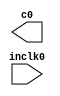
// megafunction wizard: %ALTPLL%VBB%
// GENERATION: STANDARD
// VERSION: WM1.0
// MODULE: altpll 

// ============================================================
// Megafunction Name(s):
// 			altpll
//
// Simulation Library Files(s):
// 			altera_mf
// ============================================================
// ************************************************************
// THIS IS A WIZARD-GENERATED FILE. DO NOT EDIT THIS FILE!
//
// 13.0.1 Build 232 06/12/2013 SP 1 SJ Web Edition
// ************************************************************

//Copyright (C) 1991-2013 Altera Corporation
//Your use of Altera Corporation's design tools, logic functions 
//and other software and tools, and its AMPP partner logic 
//functions, and any output files from any of the foregoing 
//(including device programming or simulation files), and any 
//associated documentation or information are expressly subject 
//to the terms and conditions of the Altera Program License 
//Subscription Agreement, Altera MegaCore Function License 
//Agreement, or other applicable license agreement, including, 
//without limitation, that your use is for the sole purpose of 
//programming logic devices manufactured by Altera and sold by 
//Altera or its authorized distributors.  Please refer to the 
//applicable agreement for further details.

module PLL (
	inclk0,
	c0);

	input	  inclk0;
	output	  c0;

endmodule

// ============================================================
// CNX file retrieval info
// ============================================================
// Retrieval info: PRIVATE: ACTIVECLK_CHECK STRING "0"
// Retrieval info: PRIVATE: BANDWIDTH STRING "1.000"
// Retrieval info: PRIVATE: BANDWIDTH_FEATURE_ENABLED STRING "1"
// Retrieval info: PRIVATE: BANDWIDTH_FREQ_UNIT STRING "MHz"
// Retrieval info: PRIVATE: BANDWIDTH_PRESET STRING "Low"
// Retrieval info: PRIVATE: BANDWIDTH_USE_AUTO STRING "1"
// Retrieval info: PRIVATE: BANDWIDTH_USE_PRESET STRING "0"
// Retrieval info: PRIVATE: CLKBAD_SWITCHOVER_CHECK STRING "0"
// Retrieval info: PRIVATE: CLKLOSS_CHECK STRING "0"
// Retrieval info: PRIVATE: CLKSWITCH_CHECK STRING "0"
// Retrieval info: PRIVATE: CNX_NO_COMPENSATE_RADIO STRING "0"
// Retrieval info: PRIVATE: CREATE_CLKBAD_CHECK STRING "0"
// Retrieval info: PRIVATE: CREATE_INCLK1_CHECK STRING "0"
// Retrieval info: PRIVATE: CUR_DEDICATED_CLK STRING "c0"
// Retrieval info: PRIVATE: CUR_FBIN_CLK STRING "c0"
// Retrieval info: PRIVATE: DEVICE_SPEED_GRADE STRING "6"
// Retrieval info: PRIVATE: DIV_FACTOR0 NUMERIC "1"
// Retrieval info: PRIVATE: DUTY_CYCLE0 STRING "50.00000000"
// Retrieval info: PRIVATE: EFF_OUTPUT_FREQ_VALUE0 STRING "1.000000"
// Retrieval info: PRIVATE: EXPLICIT_SWITCHOVER_COUNTER STRING "0"
// Retrieval info: PRIVATE: EXT_FEEDBACK_RADIO STRING "0"
// Retrieval info: PRIVATE: GLOCKED_COUNTER_EDIT_CHANGED STRING "1"
// Retrieval info: PRIVATE: GLOCKED_FEATURE_ENABLED STRING "0"
// Retrieval info: PRIVATE: GLOCKED_MODE_CHECK STRING "0"
// Retrieval info: PRIVATE: GLOCK_COUNTER_EDIT NUMERIC "1048575"
// Retrieval info: PRIVATE: HAS_MANUAL_SWITCHOVER STRING "1"
// Retrieval info: PRIVATE: INCLK0_FREQ_EDIT STRING "50.000"
// Retrieval info: PRIVATE: INCLK0_FREQ_UNIT_COMBO STRING "MHz"
// Retrieval info: PRIVATE: INCLK1_FREQ_EDIT STRING "100.000"
// Retrieval info: PRIVATE: INCLK1_FREQ_EDIT_CHANGED STRING "1"
// Retrieval info: PRIVATE: INCLK1_FREQ_UNIT_CHANGED STRING "1"
// Retrieval info: PRIVATE: INCLK1_FREQ_UNIT_COMBO STRING "MHz"
// Retrieval info: PRIVATE: INTENDED_DEVICE_FAMILY STRING "Cyclone III"
// Retrieval info: PRIVATE: INT_FEEDBACK__MODE_RADIO STRING "1"
// Retrieval info: PRIVATE: LOCKED_OUTPUT_CHECK STRING "0"
// Retrieval info: PRIVATE: LONG_SCAN_RADIO STRING "1"
// Retrieval info: PRIVATE: LVDS_MODE_DATA_RATE STRING "Not Available"
// Retrieval info: PRIVATE: LVDS_MODE_DATA_RATE_DIRTY NUMERIC "0"
// Retrieval info: PRIVATE: LVDS_PHASE_SHIFT_UNIT0 STRING "deg"
// Retrieval info: PRIVATE: MIG_DEVICE_SPEED_GRADE STRING "Any"
// Retrieval info: PRIVATE: MIRROR_CLK0 STRING "0"
// Retrieval info: PRIVATE: MULT_FACTOR0 NUMERIC "1"
// Retrieval info: PRIVATE: NORMAL_MODE_RADIO STRING "1"
// Retrieval info: PRIVATE: OUTPUT_FREQ0 STRING "1.00000000"
// Retrieval info: PRIVATE: OUTPUT_FREQ_MODE0 STRING "1"
// Retrieval info: PRIVATE: OUTPUT_FREQ_UNIT0 STRING "MHz"
// Retrieval info: PRIVATE: PHASE_RECONFIG_FEATURE_ENABLED STRING "1"
// Retrieval info: PRIVATE: PHASE_RECONFIG_INPUTS_CHECK STRING "0"
// Retrieval info: PRIVATE: PHASE_SHIFT0 STRING "0.00000000"
// Retrieval info: PRIVATE: PHASE_SHIFT_STEP_ENABLED_CHECK STRING "0"
// Retrieval info: PRIVATE: PHASE_SHIFT_UNIT0 STRING "deg"
// Retrieval info: PRIVATE: PLL_ADVANCED_PARAM_CHECK STRING "0"
// Retrieval info: PRIVATE: PLL_ARESET_CHECK STRING "0"
// Retrieval info: PRIVATE: PLL_AUTOPLL_CHECK NUMERIC "1"
// Retrieval info: PRIVATE: PLL_ENHPLL_CHECK NUMERIC "0"
// Retrieval info: PRIVATE: PLL_FASTPLL_CHECK NUMERIC "0"
// Retrieval info: PRIVATE: PLL_FBMIMIC_CHECK STRING "0"
// Retrieval info: PRIVATE: PLL_LVDS_PLL_CHECK NUMERIC "0"
// Retrieval info: PRIVATE: PLL_PFDENA_CHECK STRING "0"
// Retrieval info: PRIVATE: PLL_TARGET_HARCOPY_CHECK NUMERIC "0"
// Retrieval info: PRIVATE: PRIMARY_CLK_COMBO STRING "inclk0"
// Retrieval info: PRIVATE: RECONFIG_FILE STRING "PLL.mif"
// Retrieval info: PRIVATE: SACN_INPUTS_CHECK STRING "0"
// Retrieval info: PRIVATE: SCAN_FEATURE_ENABLED STRING "1"
// Retrieval info: PRIVATE: SELF_RESET_LOCK_LOSS STRING "0"
// Retrieval info: PRIVATE: SHORT_SCAN_RADIO STRING "0"
// Retrieval info: PRIVATE: SPREAD_FEATURE_ENABLED STRING "0"
// Retrieval info: PRIVATE: SPREAD_FREQ STRING "50.000"
// Retrieval info: PRIVATE: SPREAD_FREQ_UNIT STRING "KHz"
// Retrieval info: PRIVATE: SPREAD_PERCENT STRING "0.500"
// Retrieval info: PRIVATE: SPREAD_USE STRING "0"
// Retrieval info: PRIVATE: SRC_SYNCH_COMP_RADIO STRING "0"
// Retrieval info: PRIVATE: STICKY_CLK0 STRING "1"
// Retrieval info: PRIVATE: SWITCHOVER_COUNT_EDIT NUMERIC "1"
// Retrieval info: PRIVATE: SWITCHOVER_FEATURE_ENABLED STRING "1"
// Retrieval info: PRIVATE: SYNTH_WRAPPER_GEN_POSTFIX STRING "0"
// Retrieval info: PRIVATE: USE_CLK0 STRING "1"
// Retrieval info: PRIVATE: USE_CLKENA0 STRING "0"
// Retrieval info: PRIVATE: USE_MIL_SPEED_GRADE NUMERIC "0"
// Retrieval info: PRIVATE: ZERO_DELAY_RADIO STRING "0"
// Retrieval info: LIBRARY: altera_mf altera_mf.altera_mf_components.all
// Retrieval info: CONSTANT: BANDWIDTH_TYPE STRING "AUTO"
// Retrieval info: CONSTANT: CLK0_DIVIDE_BY NUMERIC "50"
// Retrieval info: CONSTANT: CLK0_DUTY_CYCLE NUMERIC "50"
// Retrieval info: CONSTANT: CLK0_MULTIPLY_BY NUMERIC "1"
// Retrieval info: CONSTANT: CLK0_PHASE_SHIFT STRING "0"
// Retrieval info: CONSTANT: COMPENSATE_CLOCK STRING "CLK0"
// Retrieval info: CONSTANT: INCLK0_INPUT_FREQUENCY NUMERIC "20000"
// Retrieval info: CONSTANT: INTENDED_DEVICE_FAMILY STRING "Cyclone III"
// Retrieval info: CONSTANT: LPM_TYPE STRING "altpll"
// Retrieval info: CONSTANT: OPERATION_MODE STRING "NORMAL"
// Retrieval info: CONSTANT: PLL_TYPE STRING "AUTO"
// Retrieval info: CONSTANT: PORT_ACTIVECLOCK STRING "PORT_UNUSED"
// Retrieval info: CONSTANT: PORT_ARESET STRING "PORT_UNUSED"
// Retrieval info: CONSTANT: PORT_CLKBAD0 STRING "PORT_UNUSED"
// Retrieval info: CONSTANT: PORT_CLKBAD1 STRING "PORT_UNUSED"
// Retrieval info: CONSTANT: PORT_CLKLOSS STRING "PORT_UNUSED"
// Retrieval info: CONSTANT: PORT_CLKSWITCH STRING "PORT_UNUSED"
// Retrieval info: CONSTANT: PORT_CONFIGUPDATE STRING "PORT_UNUSED"
// Retrieval info: CONSTANT: PORT_FBIN STRING "PORT_UNUSED"
// Retrieval info: CONSTANT: PORT_INCLK0 STRING "PORT_USED"
// Retrieval info: CONSTANT: PORT_INCLK1 STRING "PORT_UNUSED"
// Retrieval info: CONSTANT: PORT_LOCKED STRING "PORT_UNUSED"
// Retrieval info: CONSTANT: PORT_PFDENA STRING "PORT_UNUSED"
// Retrieval info: CONSTANT: PORT_PHASECOUNTERSELECT STRING "PORT_UNUSED"
// Retrieval info: CONSTANT: PORT_PHASEDONE STRING "PORT_UNUSED"
// Retrieval info: CONSTANT: PORT_PHASESTEP STRING "PORT_UNUSED"
// Retrieval info: CONSTANT: PORT_PHASEUPDOWN STRING "PORT_UNUSED"
// Retrieval info: CONSTANT: PORT_PLLENA STRING "PORT_UNUSED"
// Retrieval info: CONSTANT: PORT_SCANACLR STRING "PORT_UNUSED"
// Retrieval info: CONSTANT: PORT_SCANCLK STRING "PORT_UNUSED"
// Retrieval info: CONSTANT: PORT_SCANCLKENA STRING "PORT_UNUSED"
// Retrieval info: CONSTANT: PORT_SCANDATA STRING "PORT_UNUSED"
// Retrieval info: CONSTANT: PORT_SCANDATAOUT STRING "PORT_UNUSED"
// Retrieval info: CONSTANT: PORT_SCANDONE STRING "PORT_UNUSED"
// Retrieval info: CONSTANT: PORT_SCANREAD STRING "PORT_UNUSED"
// Retrieval info: CONSTANT: PORT_SCANWRITE STRING "PORT_UNUSED"
// Retrieval info: CONSTANT: PORT_clk0 STRING "PORT_USED"
// Retrieval info: CONSTANT: PORT_clk1 STRING "PORT_UNUSED"
// Retrieval info: CONSTANT: PORT_clk2 STRING "PORT_UNUSED"
// Retrieval info: CONSTANT: PORT_clk3 STRING "PORT_UNUSED"
// Retrieval info: CONSTANT: PORT_clk4 STRING "PORT_UNUSED"
// Retrieval info: CONSTANT: PORT_clk5 STRING "PORT_UNUSED"
// Retrieval info: CONSTANT: PORT_clkena0 STRING "PORT_UNUSED"
// Retrieval info: CONSTANT: PORT_clkena1 STRING "PORT_UNUSED"
// Retrieval info: CONSTANT: PORT_clkena2 STRING "PORT_UNUSED"
// Retrieval info: CONSTANT: PORT_clkena3 STRING "PORT_UNUSED"
// Retrieval info: CONSTANT: PORT_clkena4 STRING "PORT_UNUSED"
// Retrieval info: CONSTANT: PORT_clkena5 STRING "PORT_UNUSED"
// Retrieval info: CONSTANT: PORT_extclk0 STRING "PORT_UNUSED"
// Retrieval info: CONSTANT: PORT_extclk1 STRING "PORT_UNUSED"
// Retrieval info: CONSTANT: PORT_extclk2 STRING "PORT_UNUSED"
// Retrieval info: CONSTANT: PORT_extclk3 STRING "PORT_UNUSED"
// Retrieval info: CONSTANT: WIDTH_CLOCK NUMERIC "5"
// Retrieval info: USED_PORT: @clk 0 0 5 0 OUTPUT_CLK_EXT VCC "@clk[4..0]"
// Retrieval info: USED_PORT: c0 0 0 0 0 OUTPUT_CLK_EXT VCC "c0"
// Retrieval info: USED_PORT: inclk0 0 0 0 0 INPUT_CLK_EXT GND "inclk0"
// Retrieval info: CONNECT: @inclk 0 0 1 1 GND 0 0 0 0
// Retrieval info: CONNECT: @inclk 0 0 1 0 inclk0 0 0 0 0
// Retrieval info: CONNECT: c0 0 0 0 0 @clk 0 0 1 0
// Retrieval info: GEN_FILE: TYPE_NORMAL PLL.v TRUE
// Retrieval info: GEN_FILE: TYPE_NORMAL PLL.ppf TRUE
// Retrieval info: GEN_FILE: TYPE_NORMAL PLL.inc FALSE
// Retrieval info: GEN_FILE: TYPE_NORMAL PLL.cmp FALSE
// Retrieval info: GEN_FILE: TYPE_NORMAL PLL.bsf FALSE
// Retrieval info: GEN_FILE: TYPE_NORMAL PLL_inst.v FALSE
// Retrieval info: GEN_FILE: TYPE_NORMAL PLL_bb.v TRUE
// Retrieval info: LIB_FILE: altera_mf
// Retrieval info: CBX_MODULE_PREFIX: ON